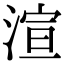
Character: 渲